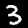
Digit: 3